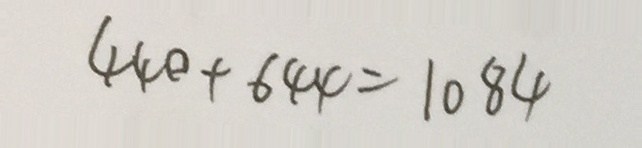
4 4 0 + 6 4 4 = 1 0 8 4